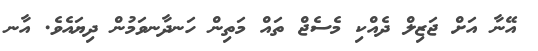
އޭނާ އަށް ޖަޒިލް ދެއްކި މެސެޖް ތައް މަތިން ހަނދާނވަމުން ދިޔައެވެ. އާނ